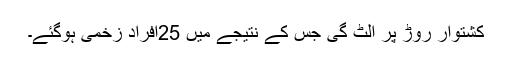
کشتوار روڑ پر اُلٹ گی جس کے نتیجے میں 25افراد زخمی ہوگئے۔